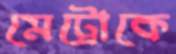
মেট্রোকে